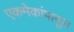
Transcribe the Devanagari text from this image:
एकमेकांपासुन